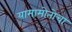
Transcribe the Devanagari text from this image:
यामामोतोचा